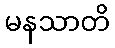
မနသာတိ